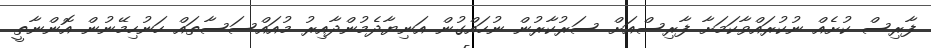
ފާރިސް ކުށެއް ނުކުރައްވާކަމަށާ ފާރިސްއަށް ސަރުކާރުން ނުހައްގުން އަނިޔާދެމުންދާއިރު މުއައްސަސާތައް ހަނުހިމޭނުން އޮންނާތީ